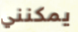
يمكنني